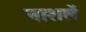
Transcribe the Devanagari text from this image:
नाशलें